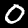
Label: 0